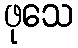
ဖုသေ